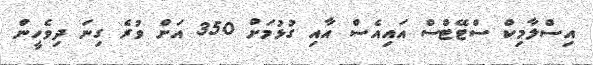
އިސްލާމިކް ސްޓޭޓްސް އައިއެސް އާއި ގުޅުމަށް 350 އަށް ވުރެ ގިނަ ދިވެހީން